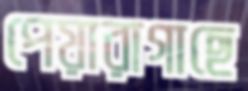
পেয়ারাগাছে